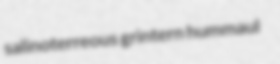
salinoterreous grintern hummaul